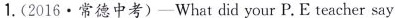
1.(2016·常德中考)-What did your P.E teacher say